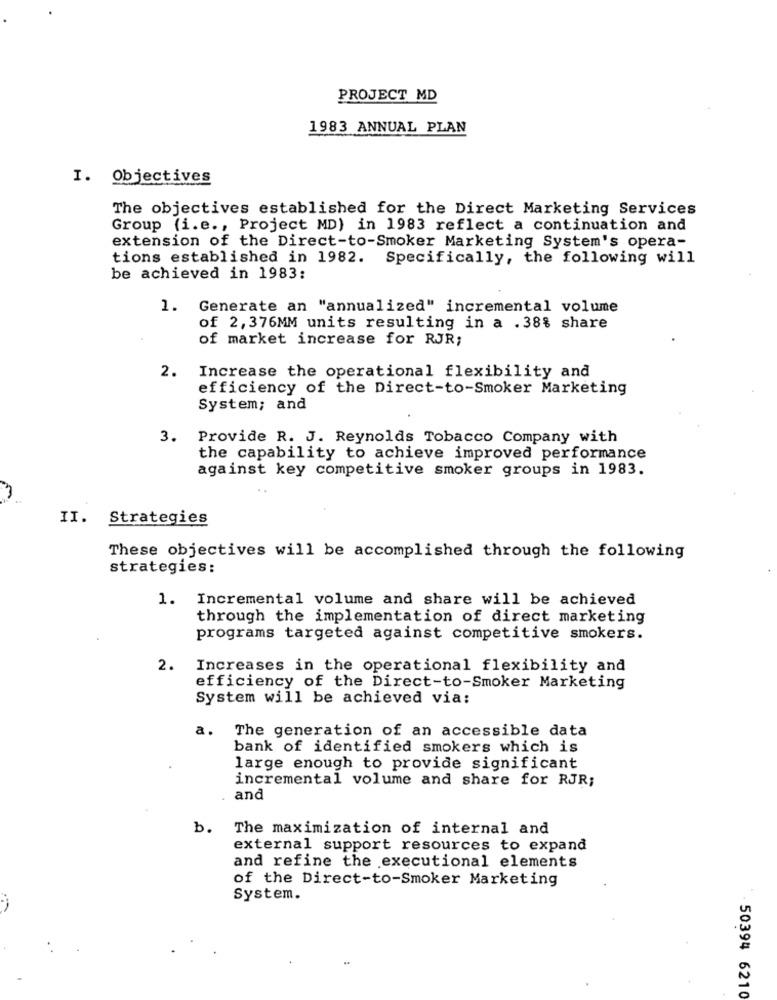
PROJECT MD
1983 ANNUAL PLAN
I. Objectives
The objectives established for the Direct Marketing Services
Group (i.e ., Project MD) in 1983 reflect a continuation and
extension of the Direct-to-Smoker Marketing System's opera-
tions established in 1982. Specifically, the following will
be achieved in 1983:
1. Generate an "annualized" incremental volume
of 2, 376MM units resulting in a .38% share
of market increase for RJR;
2.
Increase the operational flexibility and
efficiency of the Direct-to-Smoker Marketing
System; and
3.
Provide R. J. Reynolds Tobacco Company with
the capability to achieve improved performance
against key competitive smoker groups in 1983.
II. Strategies
These objectives will be accomplished through the following
strategies:
1. Incremental volume and share will be achieved
through the implementation of direct marketing
programs targeted against competitive smokers.
2.
Increases in the operational flexibility and
efficiency of the Direct-to-Smoker Marketing
System will be achieved via:
a.
The generation of an accessible data
bank of identified smokers which is
large enough to provide significant
incremental volume and share for RJR;
and
b.
The maximization of internal and
external support resources to expand
and refine the executional elements
of the Direct-to-Smoker Marketing
System.
50394 6210